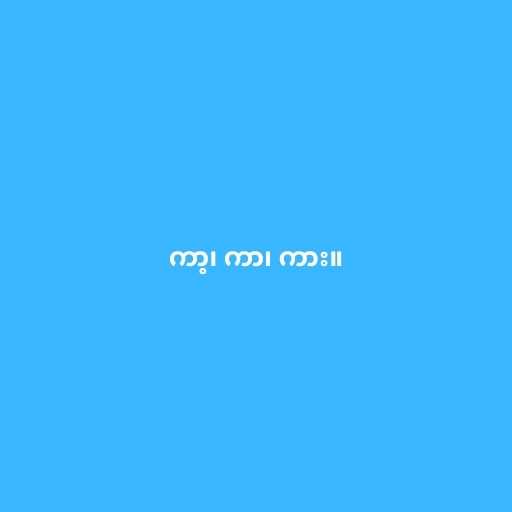
ကာ့၊ ကာ၊ ကား။